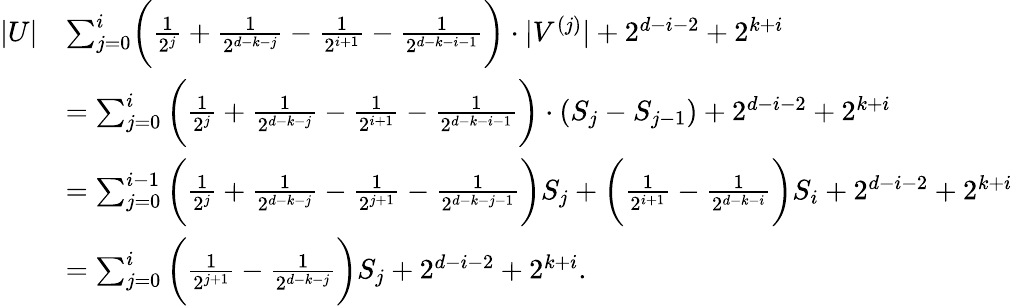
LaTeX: \begin{array}{rl}{|U|}&{\le\sum_{j=0}^{i}\bigg(\frac{1}{2^{j}}+\frac{1}{2^{d-k-j}}-\frac{1}{2^{i+1}}-\frac{1}{2^{d-k-i-1}}\bigg)\cdot|V^{(j)}|+2^{d-i-2}+2^{k+i}}\\ &{=\sum_{j=0}^{i}\bigg(\frac{1}{2^{j}}+\frac{1}{2^{d-k-j}}-\frac{1}{2^{i+1}}-\frac{1}{2^{d-k-i-1}}\bigg)\cdot(S_{j}-S_{j-1})+2^{d-i-2}+2^{k+i}}\\ &{=\sum_{j=0}^{i-1}\bigg(\frac{1}{2^{j}}+\frac{1}{2^{d-k-j}}-\frac{1}{2^{j+1}}-\frac{1}{2^{d-k-j-1}}\bigg)S_{j}+\bigg(\frac{1}{2^{i+1}}-\frac{1}{2^{d-k-i}}\bigg)S_{i}+2^{d-i-2}+2^{k+i}}\\ &{=\sum_{j=0}^{i}\bigg(\frac{1}{2^{j+1}}-\frac{1}{2^{d-k-j}}\bigg)S_{j}+2^{d-i-2}+2^{k+i}.}\end{array}